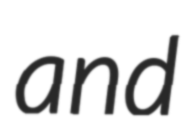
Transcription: and